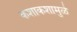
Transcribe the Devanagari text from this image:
कशाकशामुळे